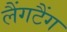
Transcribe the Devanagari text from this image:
लैंगटैंग